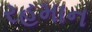
રહમાન